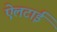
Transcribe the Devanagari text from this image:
ऐलटाई